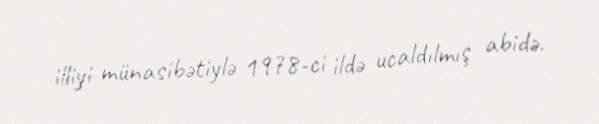
illiyi münasibətiylə 1978-ci ildə ucaldılmış abidə.